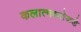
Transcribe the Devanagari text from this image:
कलात्मकतेकडे